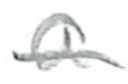
Text: a
Cross-out: single-line
Writing tool: pencil